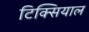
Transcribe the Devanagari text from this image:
टिक्सियाल